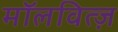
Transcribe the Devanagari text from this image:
मॉलवित्ज़